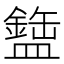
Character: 𬐹